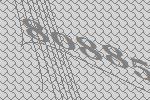
80885